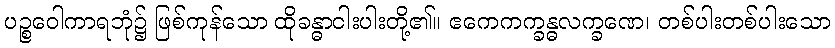
ပဉ္စဝေါကာရဘုံ၌ ဖြစ်ကုန်သော ထိုခန္ဓာငါးပါးတို့၏။ ဧကေကက္ခန္ဓလက္ခဏေ၊ တစ်ပါးတစ်ပါးသော